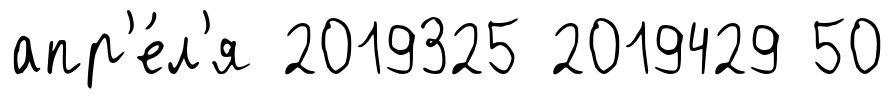
апр'е́л'я 2019325 2019429 50